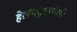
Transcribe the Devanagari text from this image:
हेलपद्धतीची